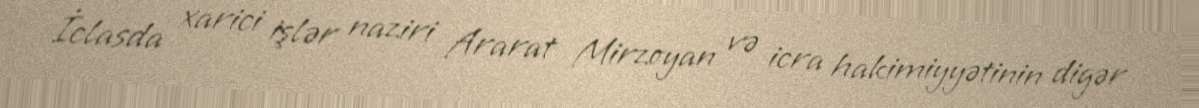
İclasda xarici işlər naziri Ararat Mirzoyan və icra hakimiyyətinin digər